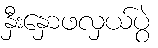
နှီးနှောဖလှယ်ပွဲ